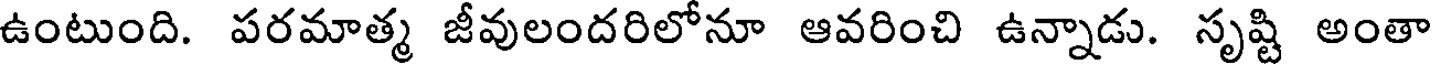
ఉంటుంది. పరమాత్మ జీవులందరిలోనూ ఆవరించి ఉన్నాడు. సృష్టి అంతా